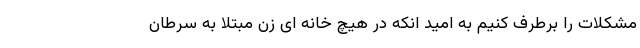
مشکلات را برطرف کنیم به امید انکه در هیچ خانه ای زن مبتلا به سرطان